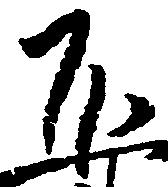
不